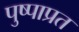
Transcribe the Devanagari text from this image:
पुष्पाप्रत